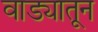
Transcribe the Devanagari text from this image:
वाड्यातून